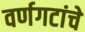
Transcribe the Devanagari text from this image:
वर्णगटांचे